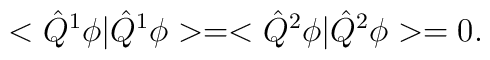
<\hat{Q}^1\phi|\hat{Q}^1\phi>=<\hat{Q}^2\phi|\hat{Q}^2\phi>=0.